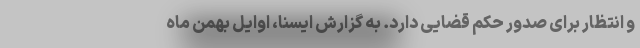
و انتظار برای صدور حکم قضایی دارد. به گزارش ایسنا، اوایل بهمن ماه